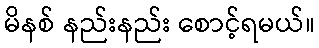
မိနစ် နည်းနည်း စောင့်ရမယ်။